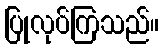
ပြုလုပ်ကြသည်။